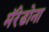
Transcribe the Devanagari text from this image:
मॅरेडोना